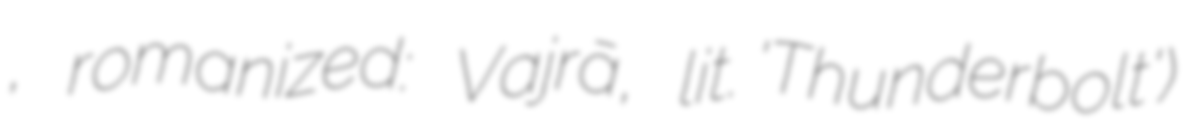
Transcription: वज्र, romanized: Vajrā, lit. 'Thunderbolt')